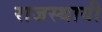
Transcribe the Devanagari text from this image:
राजस्थायी